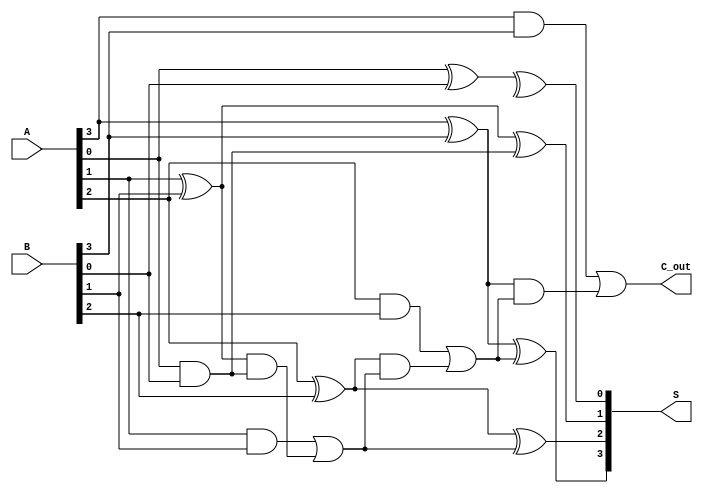
module parallel_prefix_adder #(
    parameter N = 4  // Bit-width of the adder
)(
    input  [N-1:0] A,  // First operand
    input  [N-1:0] B,  // Second operand
    output [N-1:0] S,  // Sum output
    output        C_out // Carry out
);

    // Generate (G) and Propagate (P) signals
    wire [N-1:0] G;
    wire [N-1:0] P;

    generate
        genvar i;
        for (i = 0; i < N; i = i + 1) begin: genprop
            assign G[i] = A[i] & B[i]; // Generate
            assign P[i] = A[i] ^ B[i]; // Propagate
        end
    endgenerate

    // Carry signals
    wire [N:0] C; // C[0] = C_in = 0

    // Kogge-Stone prefix network
    // Level 1
    assign C[1] = G[0] | (P[0] & 0);
    generate
        for (i = 1; i < N; i = i + 1) begin: level1
            assign C[i + 1] = G[i] | (P[i] & C[i]);
        end
    endgenerate

    // Level 2
    wire [N-1:0] G2;
    wire [N-1:0] P2;
    
    assign G2[0] = G[0];
    assign P2[0] = P[0];

    generate
        for (i = 1; i < N; i = i + 1) begin: level2
            assign G2[i] = G[i] | (P[i] & G2[i-1]);
            assign P2[i] = P[i] & P2[i-1];
        end
    endgenerate

    // Level 3
    wire [N-1:0] C3;
    assign C3[0] = 0; // Initial carry-in
    assign C3[1] = G2[1] | (P2[1] & C3[0]);

    generate
        for (i = 1; i < N; i = i + 1) begin: level3
            assign C3[i + 1] = G2[i] | (P2[i] & C3[i]);
        end
    endgenerate

    // Final carry-out
    assign C_out = C[N];

    // Sum calculation
    generate
        for (i = 0; i < N; i = i + 1) begin: sum_calculation
            assign S[i] = P[i] ^ C[i];
        end
    endgenerate

endmodule